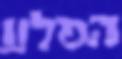
הסלע